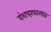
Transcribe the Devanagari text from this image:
वंशपरंपरगात